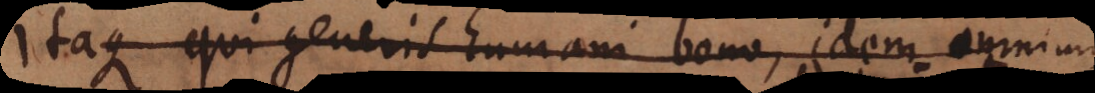
Itaque qui generis humani bono, idem omnium